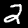
Label: 2